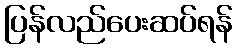
ပြန်လည်ပေးဆပ်ရန်